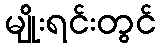
မျိုးရင်းတွင်